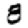
Digit: 8